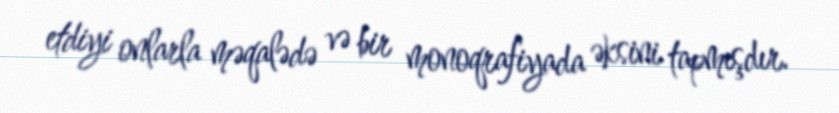
etdiyi onlarla məqalədə və bir monoqrafiyada əksini tapmışdır.